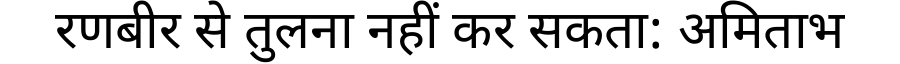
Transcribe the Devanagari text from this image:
रणबीर से तुलना नहीं कर सकता: अमिताभ